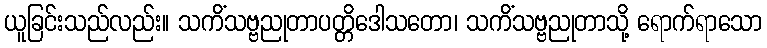
ယူခြင်းသည်လည်း။ သကိံသဗ္ဗညုတာပတ္တိဒေါသတော၊ သကိံသဗ္ဗညုတာသို့ ရောက်ရာသော